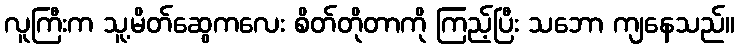
လူကြီးက သူ့မိတ်ဆွေကလေး စိတ်တိုတာကို ကြည့်ပြီး သဘော ကျနေသည်။